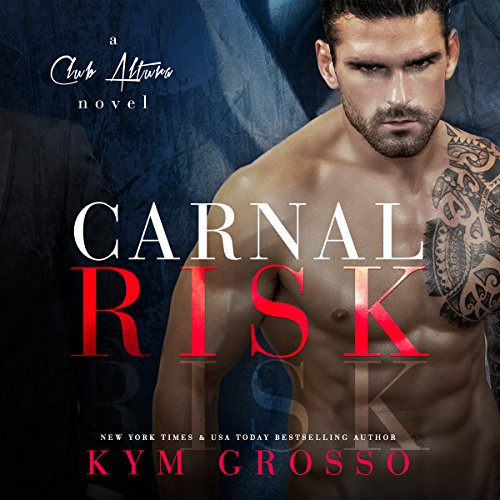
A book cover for Carnal Risk: Club Altura Romance, Book 1; Kym Grosso; Romance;